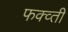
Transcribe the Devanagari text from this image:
फक्व्ती